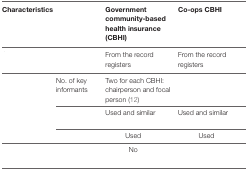
<table><thead><tr><td colspan="2"><b>Characteristics</b></td><td><b>Government community-based health insurance (CBHI)</b></td><td><b>Co-ops CBHI</b></td></tr></thead><tbody><tr><td colspan="2">[EMPTY_CELL]</td><td>From the record registers</td><td>From the record registers</td></tr><tr><td rowspan="5">[EMPTY_CELL]</td><td>No. of key informants</td><td>Two for each CBHI: chairperson and focal person (12)</td><td>[EMPTY_CELL]</td></tr><tr><td>[EMPTY_CELL]</td><td>Used and similar</td><td>Used and similar</td></tr><tr><td>[EMPTY_CELL]</td><td>Used</td><td>Used</td></tr><tr><td>[EMPTY_CELL]</td><td>[EMPTY_CELL]</td><td>No</td><td>[EMPTY_CELL]</td></tr></tbody></table>